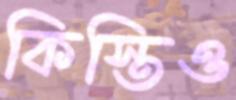
কিস্তিও